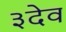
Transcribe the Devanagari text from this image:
३देव